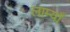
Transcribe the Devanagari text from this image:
लाम्याँ